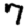
Digit: 7